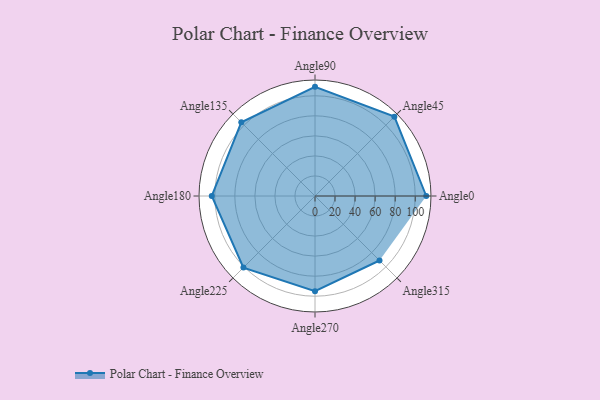
{"axis": {"x": "Angle", "y": "Radius"}, "legend": [""], "data": [{"x": "Angle0", "y": 111.0, "type": ""}, {"x": "Angle45", "y": 112.0, "type": ""}, {"x": "Angle90", "y": 109.0, "type": ""}, {"x": "Angle135", "y": 104.0, "type": ""}, {"x": "Angle180", "y": 103.0, "type": ""}, {"x": "Angle225", "y": 101.0, "type": ""}, {"x": "Angle270", "y": 95.0, "type": ""}, {"x": "Angle315", "y": 91.0, "type": ""}]}